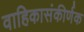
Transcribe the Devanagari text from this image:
वाहिकासंकीर्णक